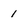
Character: 1